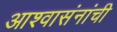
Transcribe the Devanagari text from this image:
आश्वासंनांची